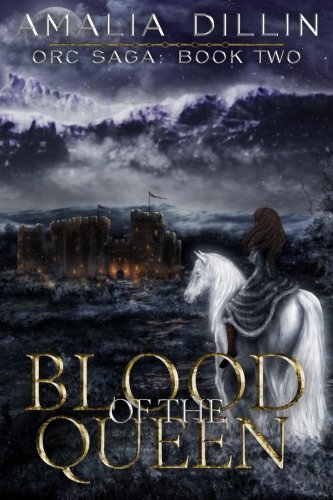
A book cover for Blood Of The Queen: (Series) Orc Saga: Book Two; Amalia Dillin; Science Fiction & Fantasy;